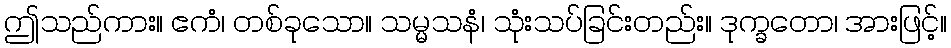
ဤသည်ကား။ ဧကံ၊ တစ်ခုသော။ သမ္မသနံ၊ သုံးသပ်ခြင်းတည်း။ ဒုက္ခတော၊ အားဖြင့်။